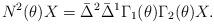
LaTeX: \begin{align*}N^2(\theta)X=\bar{\Delta}^2\bar{\Delta}^1\Gamma_1(\theta)\Gamma_2(\theta)X.\end{align*}